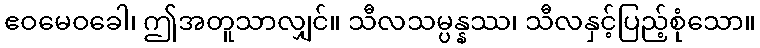
ဧဝမေဝခေါ၊ ဤအတူသာလျှင်။ သီလသမ္ပန္နဿ၊ သီလနှင့်ပြည့်စုံသော။